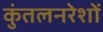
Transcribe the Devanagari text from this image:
कुंतलनरेशों